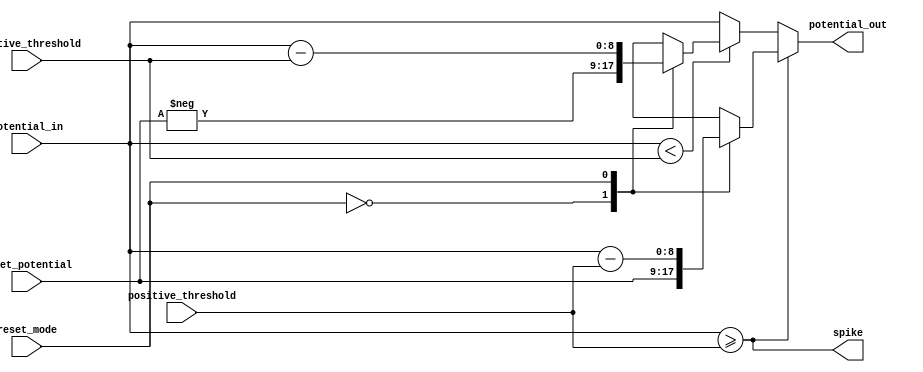
`timescale 1ns / 1ps

//////////////////////////////////////////////////////////////////////////////////
// ThresholdResetUnit.v
//
// Created for Dr. Akoglu's Reconfigurable Computing Lab
//  at the University of Arizona
// 
// Resets a neuron's threshold if necessary
//////////////////////////////////////////////////////////////////////////////////
module ThresholdResetUnit #(
    parameter THRESHOLD_WIDTH = 9,
    parameter POTENTIAL_WIDTH = 9,
    parameter NUM_RESET_MODES = 2
)(
    input signed [POTENTIAL_WIDTH-1:0] potential_in,
    input signed [THRESHOLD_WIDTH-1:0] positive_threshold,
    input signed [THRESHOLD_WIDTH-1:0] negative_threshold,
    input signed [POTENTIAL_WIDTH-1:0] reset_potential,
    input [$clog2(NUM_RESET_MODES)-1:0] reset_mode,
    output signed [POTENTIAL_WIDTH-1:0] potential_out,
    output spike
); 

    assign spike = potential_in >= positive_threshold;

    wire potential_in_lt_negative_threshold;
    assign potential_in_lt_negative_threshold = potential_in < negative_threshold;
    
    reg signed [POTENTIAL_WIDTH-1:0] positive_reset_value;
    reg signed [POTENTIAL_WIDTH-1:0] negative_reset_value;

    // If spike, reset to positive_reset_potential. Otherwise, if less than negative_threshold, reset to  negative_reset_potential. Otherwise keep current potential.
    assign potential_out = spike ? positive_reset_value : potential_in_lt_negative_threshold ? negative_reset_value : potential_in;

    always@(*) begin
        case(reset_mode)
            // Hard reset
            0: begin
                positive_reset_value = reset_potential;
                negative_reset_value = -reset_potential;
            end
            // Linear reset
            1: begin
                positive_reset_value = potential_in - positive_threshold;
                negative_reset_value = potential_in - negative_threshold;
            end
            default: begin
                positive_reset_value = 0;
                negative_reset_value = 0;
            end
        endcase
    end
    
endmodule